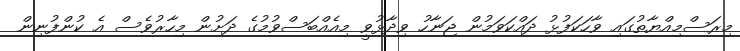
މިރަސްމިއްޔާތުގައި ވާހަކަފުޅު ދައްކަވަމުން ޖަނާހު ވިދާޅުވީ މިއެއްބަސްވުމުގެ ދަށުން މިހާރުވެސް އެ ކުންފުނިން